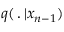
q ( \, . \, | x _ { n - 1 } )